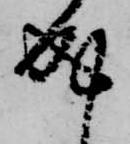
成